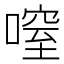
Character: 㗧